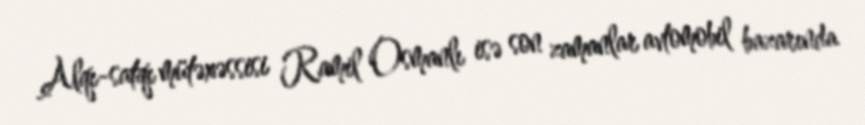
Alqı-satqı mütəxəssisi Ramil Osmanlı isə son zamanlar avtomobil bazarında